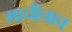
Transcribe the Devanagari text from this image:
माचीचाच